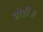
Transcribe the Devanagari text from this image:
होरी॥